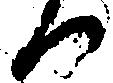
つ